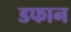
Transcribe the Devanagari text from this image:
डफान